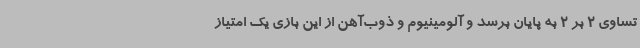
تساوی 2 بر 2 به پایان برسد و آلومینیوم و ذوب‌آهن از این بازی یک امتیاز